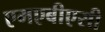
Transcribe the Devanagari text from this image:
एमएबीएसी